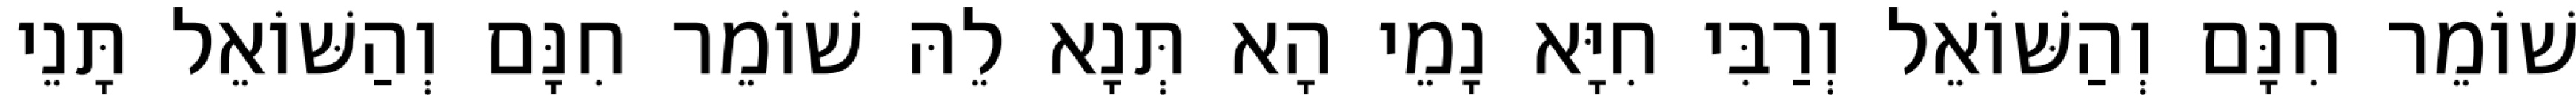
שׁוֹמֵר חִנָּם וְהַשּׁוֹאֵל וְרַבִּי חִיָּא נָמֵי הָא תְּנָא לֵהּ שׁוֹמֵר חִנָּם וְהַשּׁוֹאֵל תָּנֵי